Papers set at the Examination for Leaving Certificates, 1894
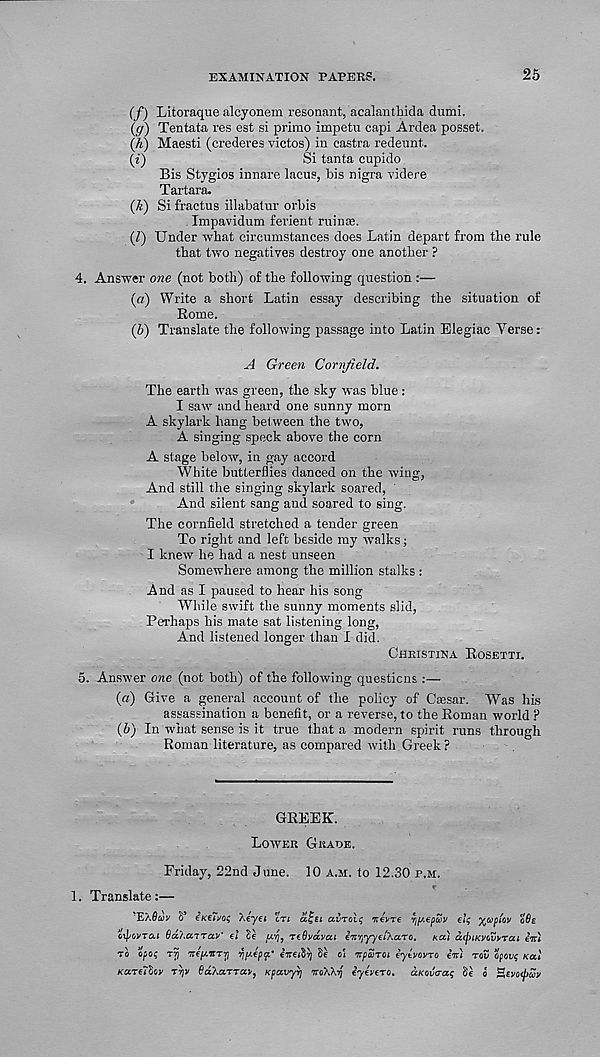
EXAMINATION PAPERS.
25
(f) Litoraque alcyonem resonant, acalantlnda dumi.
(ff) Tentata res est si prime impetu capi Ardea posset.
(h) Maesti (crederes victos) in eastra redeunt.
(£)
Si tanta cupido
Bis Stygios innare lacus, bis nigra videre
Tartara.
(£) Si fractus illabatur orbis
Impavidum ferient ruinEe.
(Z) Under what circumstances does Latin depart from the rule
that two negatives destroy one another ?
4. Answer one (not both) of the following question :—
(«) Write a short Latin essay describing the situation of
Borne.
(5) Translate the following passage into Latin Elegiac Verse:
A Green Cornfield.
The earth was green, the sky was blue:
I saw and heard one sunny morn
A skylark hang between the two,
A singing speck above the corn
A stage below, in gay accord
White butterflies danced on the wing,
And still the singing skylark soared,
And silent sang and soared to sing.
The cornfield stretched a tender green
To right and left beside my walks;
I knew he had a nest unseen
Somewhere among the million stalks :
And as I paused to hear his song
While swift the sunny moments slid,
Perhaps his mate sat listening long,
And listened longer than I did.
Christina Bosetti.
5. Answer one (not both) of the following questions :—
(«) Give a general account of the policy of Ctesar. Was his
assassination a benefit, or a reverse, to the Boman world ?
(6) In what sense is it true that a modern spirit runs through
Boman literature, as compared with Greek?
GREEK.
Lower Grade.
Friday, 22nd June. 10 a.m. to 12.30 p.m.
1. Translate:—
'EXflwv S’ iK€tvo$ Xeyei cti aljsi avroii; Trevre 7j[K€pSv elq
o6e
otpovrai Oa/.airav' el Ze tcvj, reOvavca en'fiyyel’ka.TO, koi ccipiKvvuxTcu enti
to opoq tSj ' Tre/xwTTj ript.€pp' iireiZy] Se o' i 'irparoi iytvovro eV; rov opovg Kal
Kare?Boy
^aXarrav, KpavyYj noXX-q iyevero, aKovcrag Ze o zevoepuv